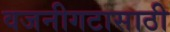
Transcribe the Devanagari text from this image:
वजनीगटासाठी